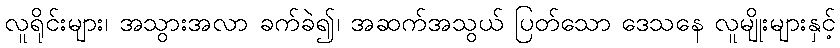
လူရိုင်းများ၊ အသွားအလာ ခက်ခဲ၍၊ အဆက်အသွယ် ပြတ်သော ဒေသနေ လူမျိုးများနှင့်